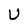
Character: U